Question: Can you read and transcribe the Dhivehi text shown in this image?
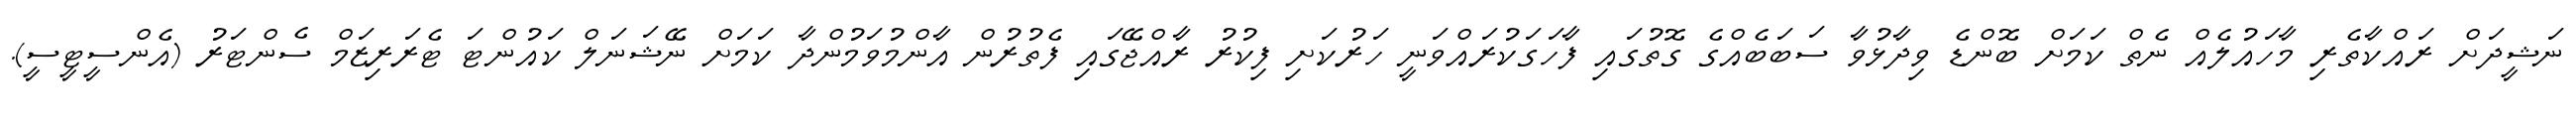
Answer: ނަޝީދަށް ރައްކާތެރި މާހައުލެއް ނެތް ކަމަށް ބޮންޑެ ވިދާޅުވާ ސަބަބެއްގެ ގޮތުގައި ފާހަގަކުރައްވަނީ ހަރުކަށި ފިކުރު ރާއްޖޭގައި ފެތުރުން އާންމުވަމުންދާ ކަމަށް ނޭޝަނަލް ކައުންޓަ ޓެރަރިޒަމް ސެންޓަރު (އެންސީޓީސީ).